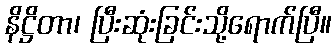
နိဋ္ဌိတာ၊ ပြီးဆုံးခြင်းသို့ရောက်ပြီ။